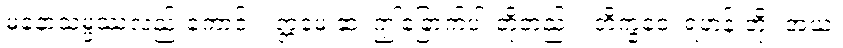
မနောသမ္ဖဿလည်းကောင်း။ ဣမေ ဆ၊ ဤခြောက်ပါးတို့တည်း။ ဘိက္ခဝေ၊ ရဟန်းတို့။ အယံ၊